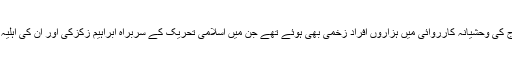
نائیجیریا کی فوج کی وحشیانہ کارروائی میں ہزاروں افراد زخمی بھی ہوئے تھے جن میں اسلامی تحریک کے سربراہ ابراہیم زکزکی اور ان کی اہلیہ بھی شامل تھیں۔